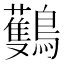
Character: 𪇡